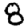
Digit: 8